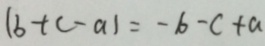
\vert b + c - a \vert = - b - c + a